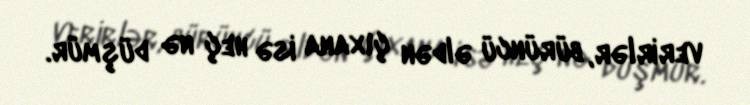
verirlər, bürüncü əldən çıxana isə heç nə düşmür.